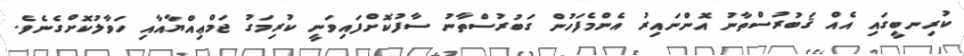
ކުރިނބީގައި އެއް ޤަބުރުސްތާނު އޮންނައިރު އެންމެފަހުން ގަބުރުސްތާނު ސާފުކޮށްފައިވަނީ ކުރިމަގު ޖަމްޢިއްޔާއާއި ހަވާލުކޮށްގެނެވެ.